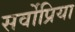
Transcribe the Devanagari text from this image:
सर्वोप्रिया